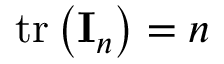
\operatorname { t r } \left( \mathbf { I } _ { n } \right) = n